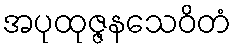
အပုထုဇ္ဇနသေဝိတံ